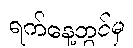
ရက်နေ့တွင်မှ